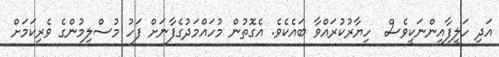
އަދި ހަލީފާއިންނަކީވެސް  ހިޔާރުކުރައްވާ ބައެކެވެ. އެގޮތުން މުހައްމަދުގެފާނަށް ފަހު މުސްލިމުންގެ ވެރިކަމަށް